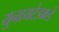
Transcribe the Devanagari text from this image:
युनायटेडकडे